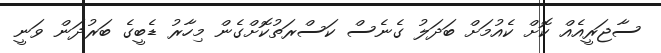
ސާޖަރީއެއް ކޮށް ކެއުމަށް ބަދަލު ގެނެސް ކަސްރަތުކޮށްގެން މިހާރު ޑެބީގެ ބަރުދަން ވަނީ